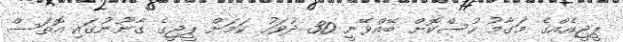
ޕީޖީއެއްގެ މަގާމު ހުސްކޮށް ބޭއްވޭނީ 30 ދުވަހު ކަމަށް ޕީޖީގެ ގާނޫނުގައި އޮތަސް